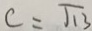
c = \sqrt { 1 3 }